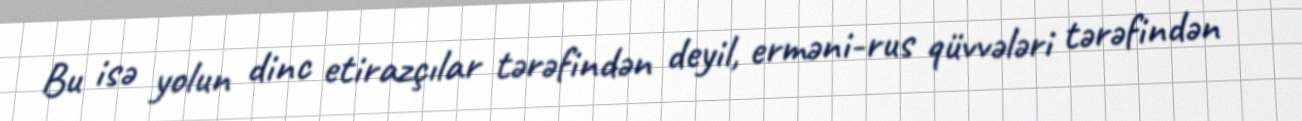
Bu isə yolun dinc etirazçılar tərəfindən deyil, erməni-rus qüvvələri tərəfindən